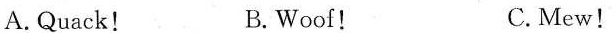
A.Quack! B.Woof! C.Mew!